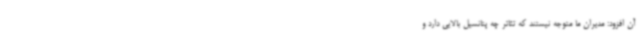
آن افزود: مدیران ما متوجه نیستند که تئاتر چه پتانسیل بالایی دارد و